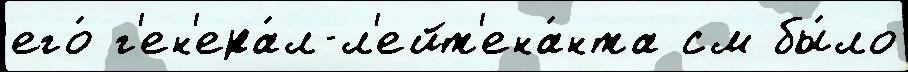
его́ г'ен'ера́л-л'ейт'ена́нта см бы́ло